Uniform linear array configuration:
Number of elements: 8
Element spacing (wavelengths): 0.5
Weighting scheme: blackman
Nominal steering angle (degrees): -15
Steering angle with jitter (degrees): -15.077
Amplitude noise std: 0.05
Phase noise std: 0.05

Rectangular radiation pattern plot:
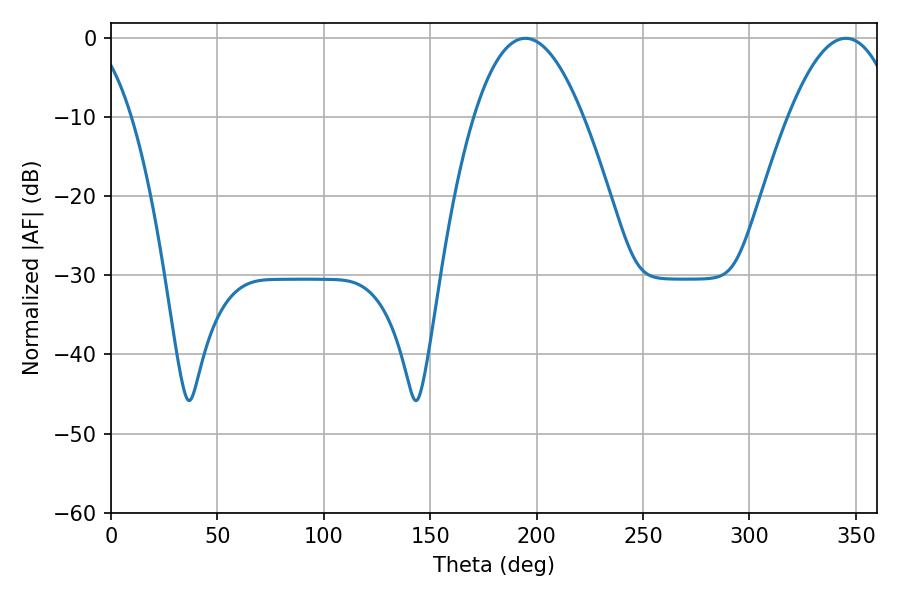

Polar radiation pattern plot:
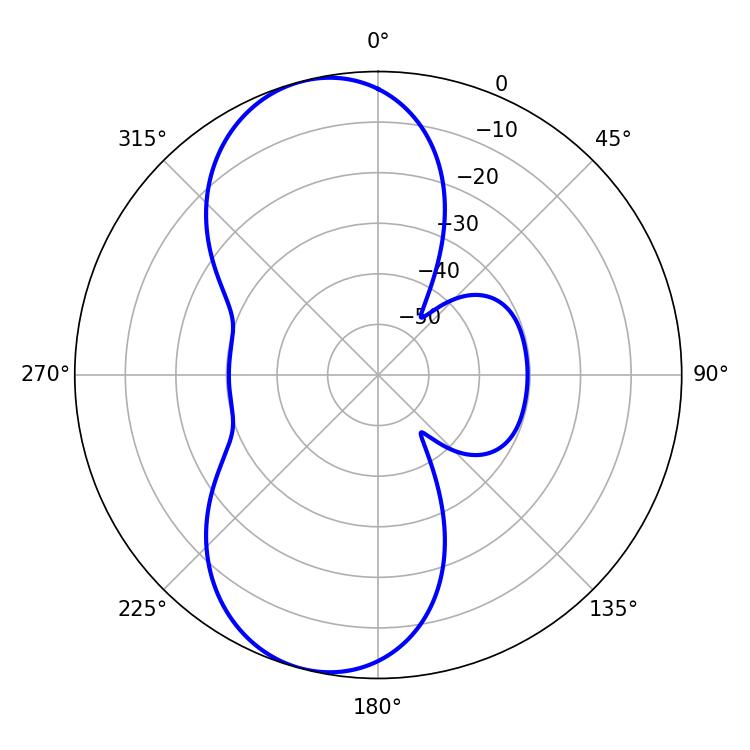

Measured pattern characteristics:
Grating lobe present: FALSE
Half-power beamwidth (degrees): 28.08
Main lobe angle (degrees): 194.76